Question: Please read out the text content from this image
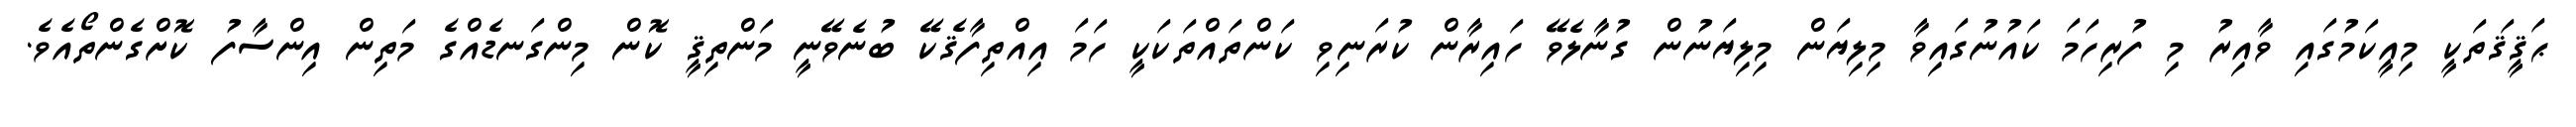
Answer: ޙަޤީޤަތަކީ މިއީކަމުގައި ވާއިރު މި ފުރިހަމަ ކައުނުގައިވާ މިލިޔަން މިލިޔަނުން ގުނާލެވޭ ހައިރާން ކުރަނިވި ކަންތައްތަކަކީ ހަމަ އިއްތިފާޤެކޭ ބުނެވޭނީ މަންތިޤީ ކޮން މިންގަނޑެއްގެ މަތިން އިންސާފު ކޮށްގެންތޯއެވެ.